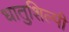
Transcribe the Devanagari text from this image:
धातुशिल्पी